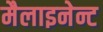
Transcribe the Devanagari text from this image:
मैलाइनेन्ट